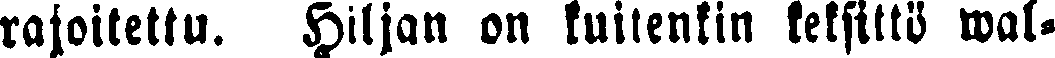
rajoitettu. Hiljan on kuitenkin keksittö wal-